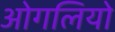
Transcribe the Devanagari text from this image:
ओगलियो